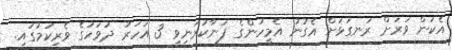
އެކަން ވަރަށް ރަނގަޅަށް އެގުނު އެމީހުންގެ ފަނާކުރަނިވި 3 އަހަރު ދުވަހުގެ ވެރިކަމުގައި.